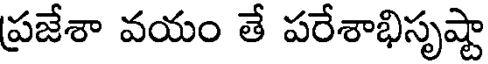
ప్రజేశా వయం తే పరేశాభిసృష్టా